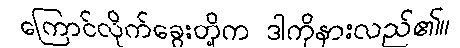
ကြောင်လိုက်ခွေးတို့က ဒါကိုနားလည်၏။